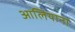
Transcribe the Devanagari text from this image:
आलियाना